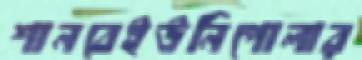
শানবেইউনিপোলার